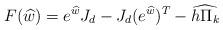
LaTeX: \begin{align*} F(\widehat{w}) = e^{\widehat{w}}J_d-J_d (e^{\widehat{w}})^T-\widehat{h\Pi_k}\end{align*}